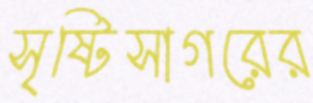
সৃষ্টিসাগরের